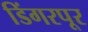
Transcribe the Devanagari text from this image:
डिंगरपूर